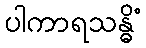
ပါကာရသန္ဓိံ